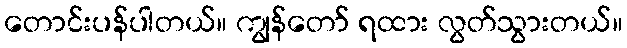
တောင်းပန်ပါတယ်။ ကျွန်တော် ရထား လွတ်သွားတယ်။